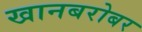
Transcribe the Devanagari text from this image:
खानबरोबर